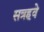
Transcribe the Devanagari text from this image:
सत्रहवे